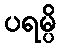
ပရမ္ပိ